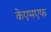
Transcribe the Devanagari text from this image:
केएमएफ